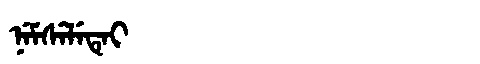
Manchu: ᠨᡝᠮᠰᡝᠯᡝᡨᡝᡳ
Romanization: NEMSELETEI